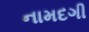
નામદગી